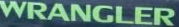
WRANGLER